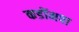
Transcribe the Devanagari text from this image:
कडोंमपा